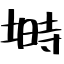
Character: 塒